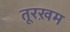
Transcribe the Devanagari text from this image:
तूरख़म